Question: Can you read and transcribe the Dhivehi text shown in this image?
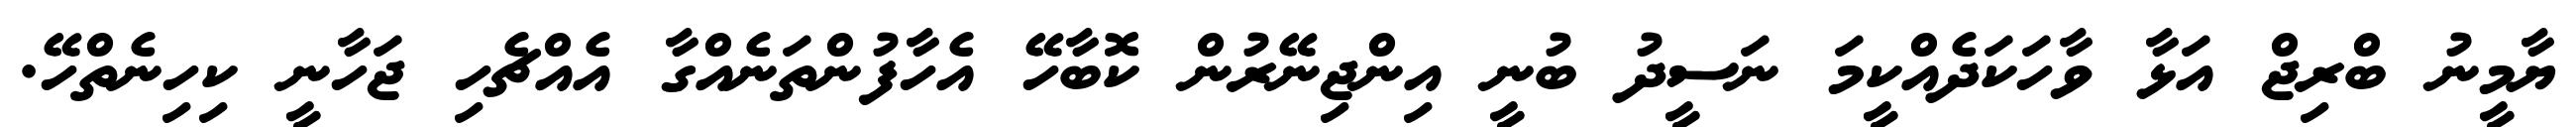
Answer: ޔާމީނު ބްރިޖް އަޅާ ވާހަކަދެއްކީމަ ނަސީދު ބުނީ އިންޖިނޭރުން ކޮބާހޭ އެހާފުންތަނެއްގާ އެއްޗެހި ޖަހާނީ ކިހިނެތްހޭ.